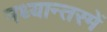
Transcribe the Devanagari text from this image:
मध्यान्तरमें